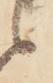
候